Annual statistical returns and brief notes on vaccination in Bengal - 1896-1909
Year: 1896
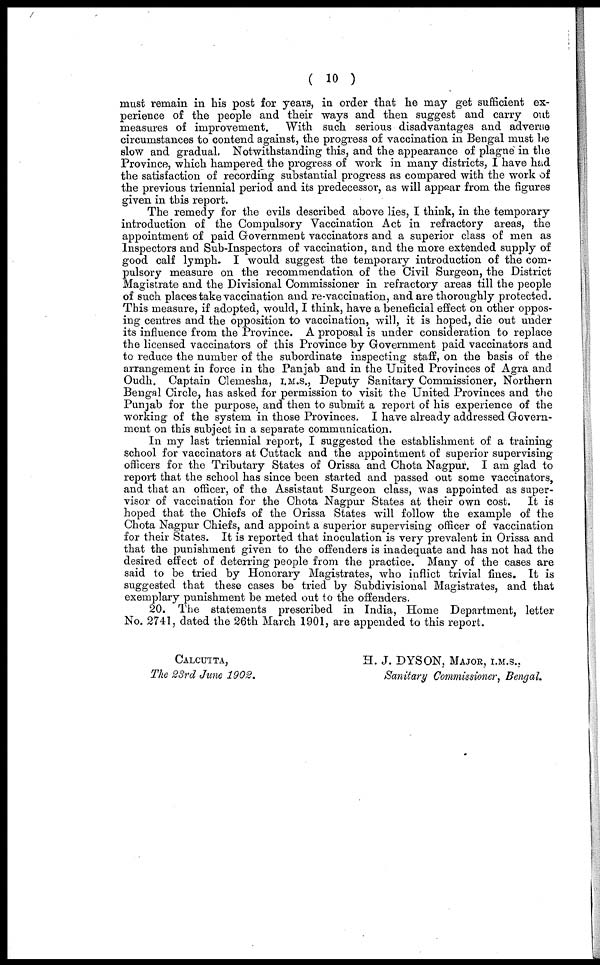
( 10 )
must remain in his post for years, in order that he may get sufficient ex-
perience of the people and their ways and then suggest and carry out
measures of improvement. With such serious disadvantages and adverse
circumstances to contend against, the progress of vaccination in Bengal must be
slow and gradual. Notwithstanding this, and the appearance of plagne in the
Province, which hampered the progress of work in many districts, I have had
the satisfaction of recording substantial progress as compared with the work of
the previous triennial period and its predecessor, as will appear from the figures
given in this report.
The remedy for the evils described above lies, I think, in the temporary
introduction of the Compulsory Vaccination Act in refractory areas, the
appointment of paid Government vaccinators and a superior class of men as
Inspectors and Sub-Inspectors of vaccination, and the more extended supply of
good calf lymph. I would suggest the temporary introduction of the com-
pulsory measure on the recommendation of the Civil Surgeon, the District
Magistrate and the Divisional Commissioner in refractory areas till the people
of such places take vaccination and re-vaccination, and are thoroughly protected.
This measure, if adopted, would, I think, have a beneficial effect on other oppos-
ing centres and the opposition to vaccination, will, it is hoped, die out under
its influence from the Province. A proposal is under consideration to replace
the licensed vaccinators of this Province by Government paid vaccinators and
to reduce the number of the subordinate inspecting staff, on the basis of the
arrangement in force in the Panjab and in the United Provinces of Agra and
Oudh. Captain Clemesha, I.M.S., Deputy Sanitary Commissioner, Northern
Bengal Circle, has asked for permission to visit the United Provinces and the
Punjab for the purpose, and then to submit a report of his experience of the
working of the system in those Provinces. I have already addressed Govern-
ment on this subject in a separate communication.
In my last triennial report, I suggested the establishment of a training
school for vaccinators at Cuttack and the appointment of superior supervising
officers for the Tributary States of Orissa and Chota Nagpur. I am glad to
report that the school has since been started and passed out some vaccinators,
and that an officer, of the Assistant Surgeon class, was appointed as super-
visor of vaccination for the Chota Nagpur States at their own cost. It is
hoped that the Chiefs of the Orissa States will follow the example of the
Chota Nagpur Chiefs, and appoint a superior supervising officer of vaccination
for their States. It is reported that inoculation is very prevalent in Orissa and
that the punishment given to the offenders is inadequate and has not had the
desired effect of deterring people from the practice. Many of the cases are
said to be tried by Honorary Magistrates, who inflict trivial fines. It is
suggested that these cases be tried by Subdivisional Magistrates, and that
exemplary punishment be meted out to the offenders.
20. The statements prescribed in India, Home Department, letter
No. 2741, dated the 26th March 1901, are appended to this report.
CALCUTTA,
The 23rd June 1902.
H. J. DYSON, MAJOR, I.M.S.,
Sanitary Commissioner, Bengal.